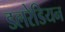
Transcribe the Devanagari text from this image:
डलरेडियन